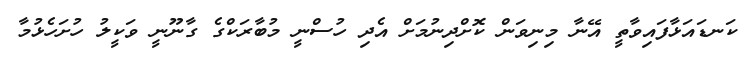
ކަނޑައަޅާފައިވާތީ އޭނާ މިނިވަން ކޮށްދިނުމަށް އެދި ހުސްނީ މުބާރަކްގެ ގާނޫނީ ވަކީލު ހުށަހެޅުމާ